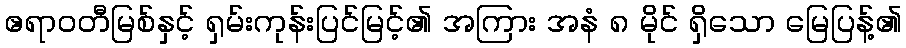
ဧရာဝတီမြစ်နှင့် ရှမ်းကုန်းပြင်မြင့်၏ အကြား အနံ ၈ မိုင် ရှိသော မြေပြန့်၏